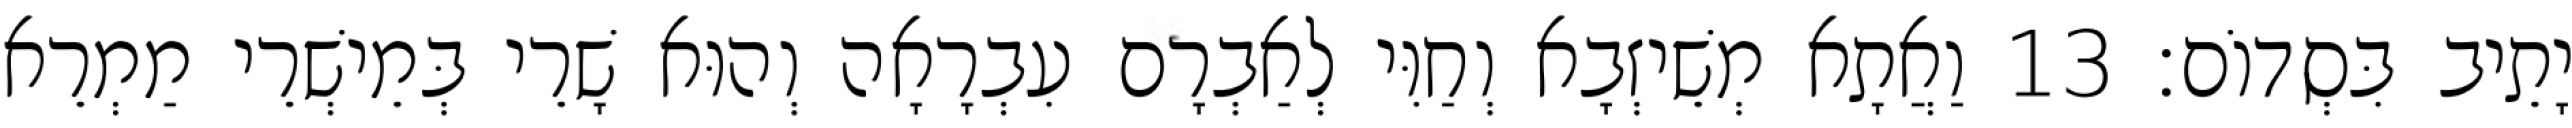
יָתֵיב בִּסְדוֹם׃ 13 וַאֲתָא מְשֵׁיזְבָא וְחַוִּי לְאַבְרָם עִבְרָאָה וְהוּא שָׁרֵי בְּמֵישְׁרֵי מַמְרֵא